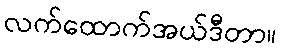
လက်ထောက်အယ်ဒီတာ။